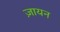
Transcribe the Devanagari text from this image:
ज़ायन